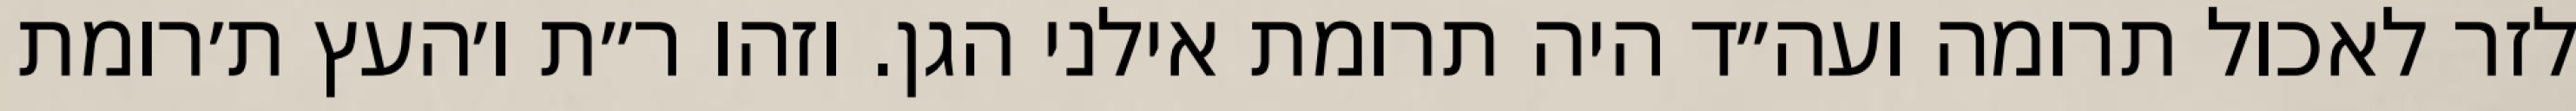
לזר לאכול תרומה ועה״ד היה תרומת אילני הגן. וזהו ר״ת ו׳העץ ת׳רומת